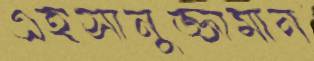
এহসানুজ্জামান